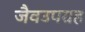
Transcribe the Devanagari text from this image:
जैवउपग्रह